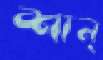
শান্‌